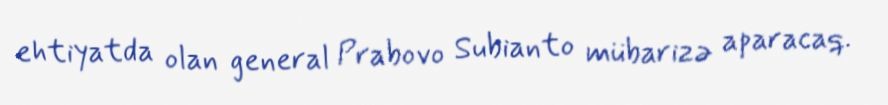
ehtiyatda olan general Prabovo Subianto mübarizə aparacaq.